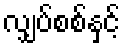
လျှပ်စစ်နှင့်